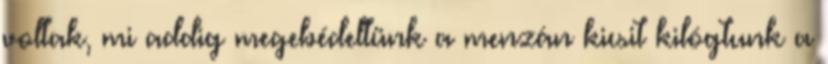
voltak, mi addig megebédeltünk a menzán kicsit kilógtunk a